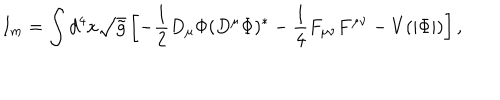
LaTeX: I _ { m } = \int d ^ { 4 } x \sqrt { { \tilde { g } } } \left[ - \frac { 1 } { 2 } D _ { \mu } \Phi ( D ^ { \mu } \Phi ) ^ { * } - \frac { 1 } { 4 } F _ { \mu \nu } F ^ { \mu \nu } - V ( | \Phi | ) \right] ,